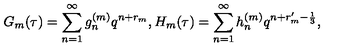
G _ { m } ( \tau ) = \sum _ { n = 1 } ^ { \infty } g _ { n } ^ { ( m ) } q ^ { n + r _ { m } } , H _ { m } ( \tau ) = \sum _ { n = 1 } ^ { \infty } h _ { n } ^ { ( m ) } q ^ { n + r _ { m } ^ { \prime } - \frac { 1 } { 3 } } ,